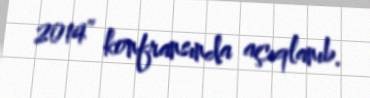
2014” konfransında açıqlanıb.